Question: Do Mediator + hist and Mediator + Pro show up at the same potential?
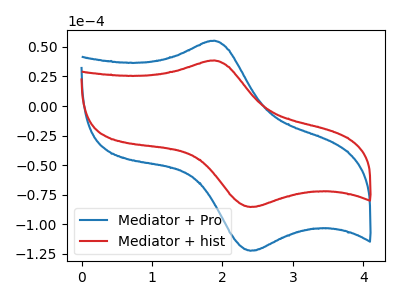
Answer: <think>The blue curve "Mediator + Pro" has an anodic peak at (1.90V, 55.30uA) and a cathodic peak at (2.40V, -122.55uA). The red curve "Mediator + hist" has an anodic peak at (1.90V, 38.60uA) and a cathodic peak at (2.40V, -85.50uA).
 All the peaks in "Mediator + hist" have a peak in "Mediator + Pro" at the same potential. Every peak in "Mediator + hist" is lower than every peak in "Mediator + Pro".</think>
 <answer>"Mediator + hist" and "Mediator + Pro" are similar in shape.</answer>
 <eval>same_shape</eval>